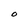
Character: O